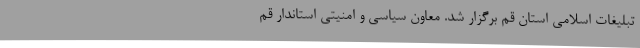
تبلیغات اسلامی استان قم برگزار شد. معاون سیاسی و امنیتی استاندار قم